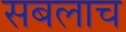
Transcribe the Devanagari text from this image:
सबलाच